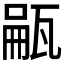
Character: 𪼺